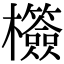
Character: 𣠺